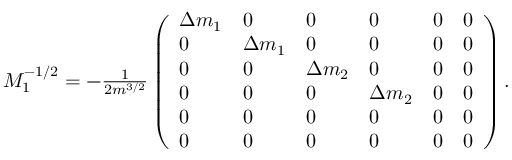
\begin{array} { r } { M _ { 1 } ^ { - 1 / 2 } = - \frac { 1 } { 2 m ^ { 3 / 2 } } \left( \begin{array} { l l l l l l } { \Delta m _ { 1 } } & { 0 } & { 0 } & { 0 } & { 0 } & { 0 } \\ { 0 } & { \Delta m _ { 1 } } & { 0 } & { 0 } & { 0 } & { 0 } \\ { 0 } & { 0 } & { \Delta m _ { 2 } } & { 0 } & { 0 } & { 0 } \\ { 0 } & { 0 } & { 0 } & { \Delta m _ { 2 } } & { 0 } & { 0 } \\ { 0 } & { 0 } & { 0 } & { 0 } & { 0 } & { 0 } \\ { 0 } & { 0 } & { 0 } & { 0 } & { 0 } & { 0 } \end{array} \right) . } \end{array}